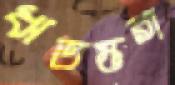
ঋতম্ভরা